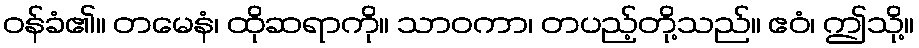
ဝန်ခံ၏။ တမေနံ၊ ထိုဆရာကို။ သာဝကာ၊ တပည့်တို့သည်။ ဧဝံ၊ ဤသို့။